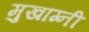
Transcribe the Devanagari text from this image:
मुखाग्नी